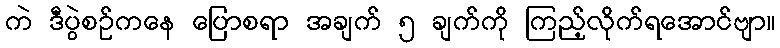
ကဲ ဒီပွဲစဥ်ကနေ ပြောစရာ အချက် ၅ ချက်ကို ကြည့်လိုက်ရအောင်ဗျာ။